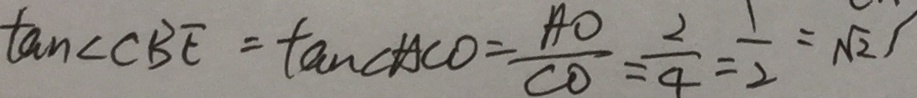
\tan \angle C B E = \tan \angle A C O = \frac { A O } { C O } = \frac { 2 } { 4 } = \frac { 1 } { 2 } = \sqrt { 2 }